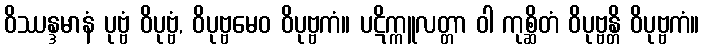
ဝိဿန္ဒမာနံ ပုဗ္ဗံ ဝိပုဗ္ဗံ, ဝိပုဗ္ဗမေဝ ဝိပုဗ္ဗကံ။ ပဋိက္ကူလတ္တာ ဝါ ကုစ္ဆိတံ ဝိပုဗ္ဗန္တိ ဝိပုဗ္ဗကံ။